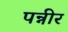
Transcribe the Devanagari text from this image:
पन्नीर